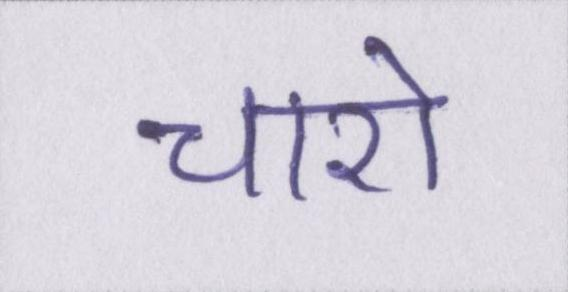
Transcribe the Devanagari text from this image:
चारो